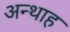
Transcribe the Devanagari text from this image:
अन्‍थाह